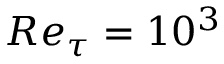
R e _ { \tau } = 1 0 ^ { 3 }